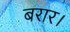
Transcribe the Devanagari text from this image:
बरार।